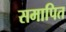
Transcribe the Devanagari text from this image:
समापित